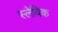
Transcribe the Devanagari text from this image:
स्लेविक